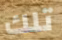
تلك